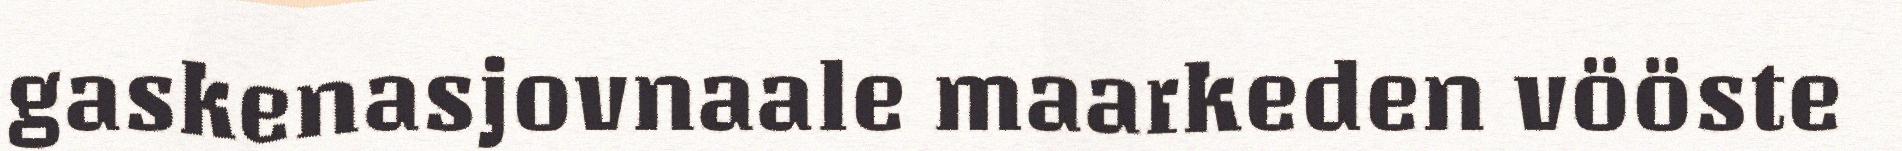
gaskenasjovnaale maarkeden vööste